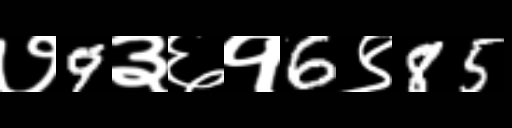
Text: ७9३६१6९85